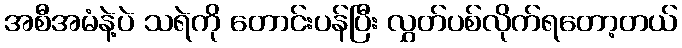
အစီအမံနဲ့ပဲ သရဲကို တောင်းပန်ပြီး လွှတ်ပစ်လိုက်ရတော့တယ်